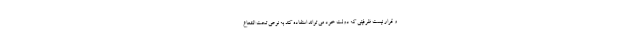
و قرار نیست ظرفیتی که دولت خود می تواند استفاده کند به نوعی تحت الشعاع